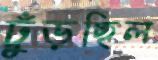
ঢুঁড়ছিল